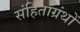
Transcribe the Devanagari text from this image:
संहिताग्रंथों